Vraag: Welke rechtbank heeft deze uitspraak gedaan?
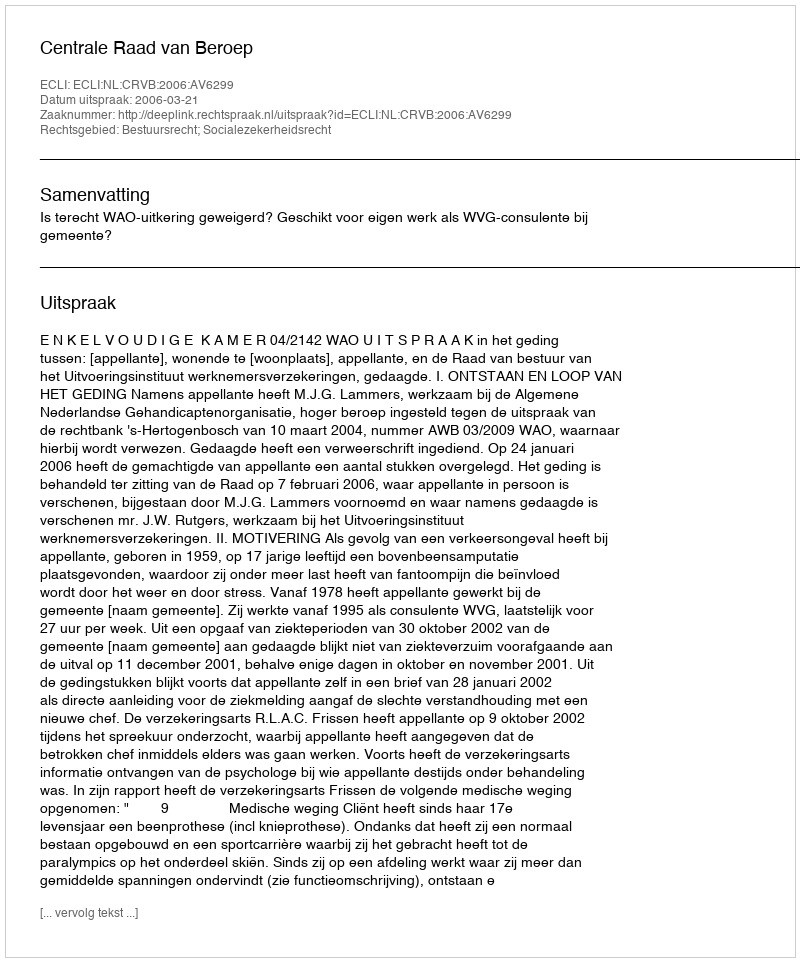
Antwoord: Centrale Raad van Beroep